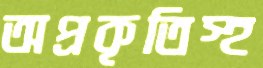
অপ্রকৃতিস্হ